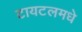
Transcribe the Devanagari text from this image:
टायटलमधे